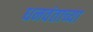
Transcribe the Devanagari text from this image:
धनवंताच्या